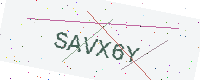
Text: SAVX6Y